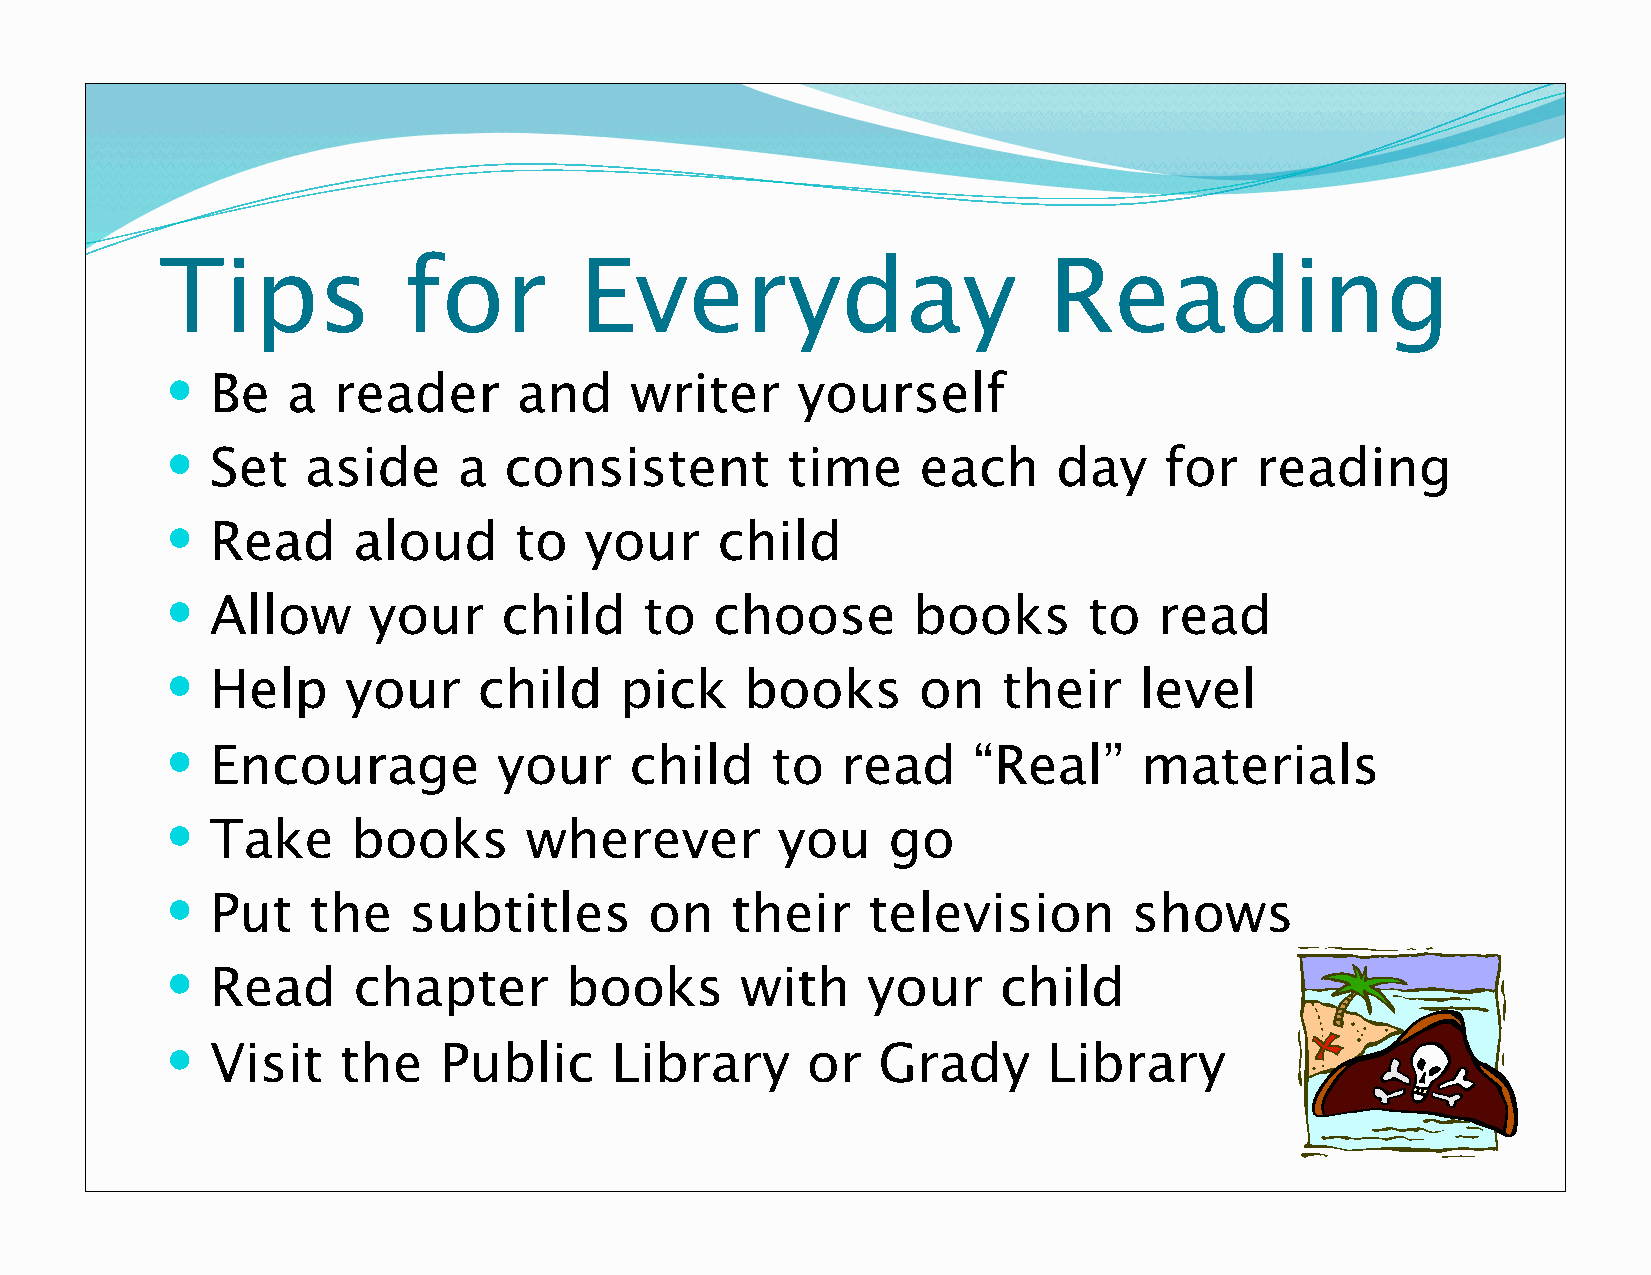
Tips            for        Everyday                       Reading
   Be   a  reader      and     writer     yourself
   Set   aside     a  consistent         time     each     day    for   reading
   Read     aloud      to   your    child
   Allow     your     child     to  choose       books       to   read
   Help     your     child    pick    books       on   their    level
   Encourage          your     child    to   read    “Real”     materials
   Take     books       wherever        you     go
   Put   the    subtitles       on   their    television        shows
   Read     chapter       books       with    your     child
   Visit   the    Public     Library      or   Grady      Library